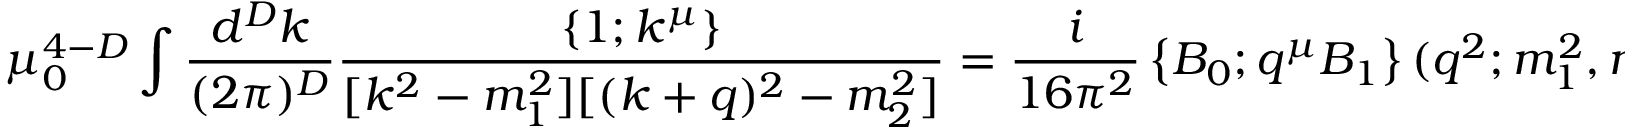
\mu _ { 0 } ^ { 4 - D } \int \frac { d ^ { D } k } { ( 2 \pi ) ^ { D } } \frac { \{ 1 ; k ^ { \mu } \} } { [ k ^ { 2 } - m _ { 1 } ^ { 2 } ] [ ( k + q ) ^ { 2 } - m _ { 2 } ^ { 2 } ] } = \frac { i } { 1 6 \pi ^ { 2 } } \left\{ B _ { 0 } ; q ^ { \mu } B _ { 1 } \right\} ( q ^ { 2 } ; m _ { 1 } ^ { 2 } , m _ { 2 } ^ { 2 } ) \, .